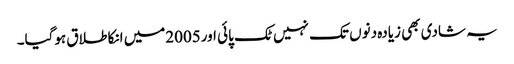
یہ شادی بھی زیادہ دنوں تک نہیں ٹک پائی اور2005میں انکا طلاق ہوگیا۔